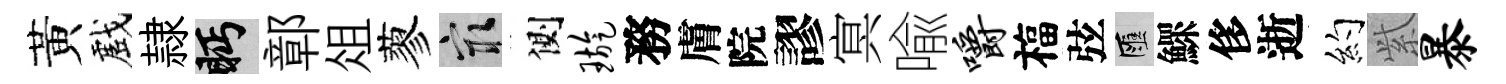
黃戲隷眄鄣俎蓼冣側璇務膚院謬㝠喩嚼福弦匯鰥侈逝约𬗋暴